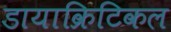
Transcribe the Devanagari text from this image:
डायाक्रिटिकल